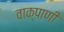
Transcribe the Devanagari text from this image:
वाक्पाणी